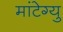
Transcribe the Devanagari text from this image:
मांटेग्यु